Report on sanitation, dispensaries, and jails in Rajputana for 1914, and on vaccination for the year 1914-1915 - 1914-1915
Year: 1914
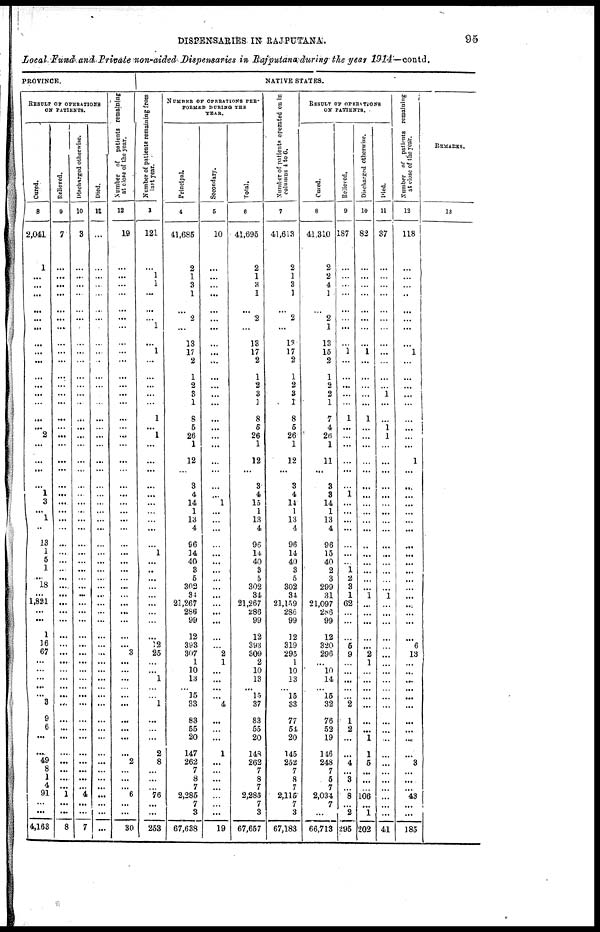
DISPENSARIES IN RAJPUTANA.
95
Local Fund and Private non-aided Dispensaries in Rajputana during the year 1914—contd.
PROVINCE.
RESULT OF OPERATIONS
ON PATIENTS.
Cured.
8
2,041
1
...
...
...
...
...
...
...
...
...
...
...
...
...
...
...
2
...
...
...
...
1
3
...
1
...
13
1
5
1
...
18
...
1,821
...
...
1
16
67
...
...
...
... ...
3
9
6
...
...
49
8
1
4
91
...
...
4,163
Relieved.
9
7
...
...
...
...
...
...
...
...
...
...
...
...
...
...
...
...
...
...
...
...
...
...
...
...
...
...
...
...
...
..
...
...
...
...
...
...
...
...
...
...
... ...
...
...
...
...
...
...
...
...
...
...
...
1
...
...
8
Discharged otherwise.
10
3
...
...
...
...
...
...
...
...
...
...
...
...
...
...
...
...
...
...
...
...
...
...
...
..
...
...
...
...
...
...
...
...
...
...
...
...
...
...
...
...
...
...
...
...
...
...
...
...
...
...
...
...
...
4
...
...
7
Died.
11
...
...
...
...
...
...
...
...
...
...
...
...
...
...
...
...
...
...
...
...
...
...
...
...
...
...
...
...
...
...
...
...
...
...
...
...
...
...
...
...
...
...
...
... ...
...
...
...
...
...
...
...
...
...
...
...
...
...
Number of patients remaining
at close
of the year.
12
19
...
...
...
...
...
...
...
...
...
...
...
...
...
...
...
...
...
...
...
...
...
...
...
...
...
...
...
...
...
...
...
...
...
...
...
...
...
...
3
...
...
...
...
...
...
...
...
...
...
2
...
...
...
6
...
...
30
NATIVE STATES.
Number of patients remaining from
last year.
3
121
...
1
1
...
...
...
1
...
1
...
...
...
...
...
1
...
1
...
...
...
...
...
...
...
...
...
...
1
...
...
...
...
...
...
...
...
...
12
25
...
...
1
...
...
1
...
...
...
2
8
...
...
...
76
...
...
253
NUMBER OF OPERATIONS PER¬
FORMED DURING THE
YEAR.
Principal.
4
41,685
2
1
3
1
...
2
...
13
17
2
1
2
3
1
8
5
26
1
12
...
3
4
14
1
13
4
96
14
40
3
5
302
34
21,267
286
99
12
393
307
1
10
13
...
15
33
83
55
20
147
262
7
8
7
2,285
7
3
67,638
Secondary.
5
10
...
...
...
...
...
...
...
...
...
...
...
...
...
...
...
...
...
...
...
...
...
...
1
...
...
...
...
...
...
...
...
...
...
...
...
...
...
...
2
1
...
...
...
...
4
...
...
...
1
...
...
...
...
...
...
...
19
Total.
6
41,695
2
1
3
1
...
2
...
13
17
2
1
2
3
1
8
5
26
1
12
...
3
4
15
1
13
4
96
14
40
3
5
302
34
21,267
286
99
12
393
309
2
10
13
... 15
37
88
55
20
148
262
7
8
7
2,285
7
3
67,657
Number of patients operated on in
columns 4 to 6.
7
41,613
2
1
3
1
...
2
...
13
17
2
1
2
3
1
8
5
26
1
12
...
3
4
14
1
13
4
96
14
40
3
5
302
34
21,159
286
99
12
319
295
1
10
13
...
15
33
77
54
20
145
252
7
8
7
2,115
7
3
67,183
RESULT OF OPERATIONS
ON PATIENTS.
Cured.
8
41,310
2
2
4
1
...
2
1
13
15
2
1
2
2
1
7
4
26
1
11
...
3
3
14
1
13
4
96
15
40
2
3
299
31
21,097
286
99
12
320
296
...
10
14
...
15
32
76
52
19
116
248
7
5
7
2,034
7
...
66,713
Relieved.
9
187
...
...
...
...
...
...
...
...
1
...
...
...
...
...
1
...
...
...
...
...
...
1
...
...
...
...
...
...
...
1
2
3
1
62
...
...
...
5
9
...
...
...
...
...
2
1
2
...
...
4
...
3
...
8
...
2
295
Discharged otherwise.
10
82
...
...
...
...
...
...
...
...
1
...
...
...
...
...
1
...
...
...
...
...
...
...
...
...
...
...
...
...
...
...
...
...
1
...
...
...
...
...
2
1
...
...
...
...
...
...
...
1
1
5
...
...
...
106
...
1
202
Died.
11
37
...
...
...
...
...
...
...
...
...
...
...
...
1
...
...
1 1
...
...
...
...
...
...
...
...
...
...
...
...
...
...
...
1
...
...
...
...
...
...
...
...
...
...
...
...
...
...
...
...
...
...
...
...
...
...
...
41
Number of patients remaining
at close of the year.
12
118
...
...
...
...
...
...
...
...
1
...
...
...
...
...
...
...
...
...
1
...
...
...
...
...
...
...
...
...
...
...
...
...
...
...
...
...
...
6
13
...
...
...
... ...
...
...
...
...
...
3
...
...
...
43
...
...
185
REMARKS.
13